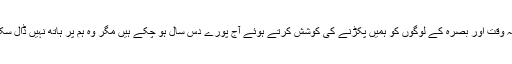
خلیفہ وقت اور بصرہ کے لوگوں کو ہمیں پکڑنے کی کوشش کرتے ہوئے آج پورے دس سال ہو چکے ہیں مگر وہ ہم پر ہاتھ نہیں ڈال سکے ۔